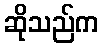
ဆိုသည်က